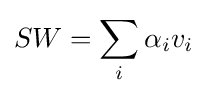
SW=\sum _{i}\alpha _{i}v_{i}